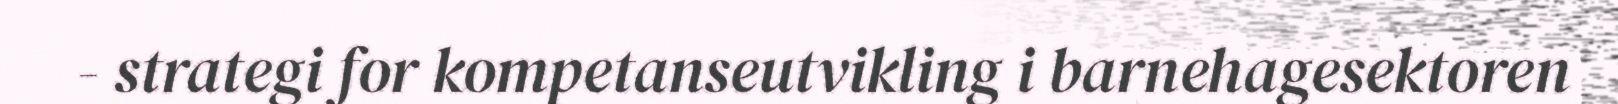
- strategi for kompetanseutvikling i barnehagesektoren